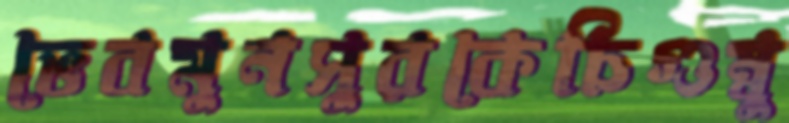
ভেবমুনসুরকেচিগুম্বু